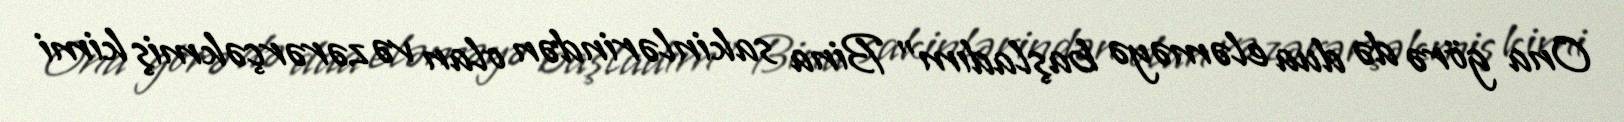
Ona görə də dua eləməyə başladım” Bina sakinlərindən olan və zərərçəkmiş kimi